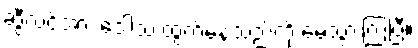
ဆွီလင်အား ဒေါသ ထွက်နေသည်ကို မေ့သွားကြပြီ။